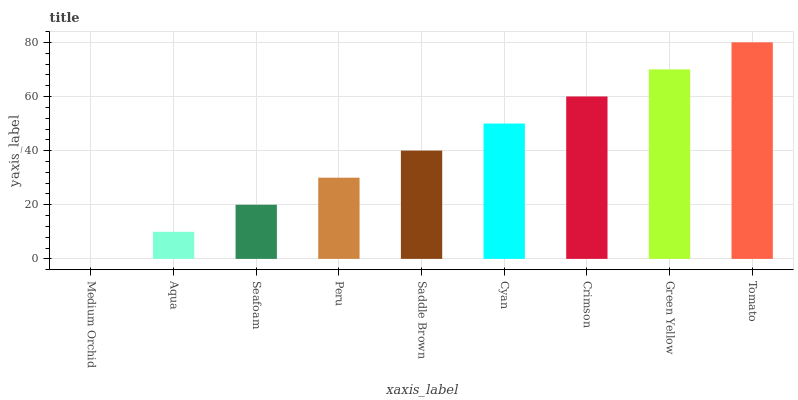
| xaxis_label | bars |
 | --- | --- |
 | Medium Orchid | 0 |
 | Aqua | 10 |
 | Seafoam | 20 |
 | Peru | 30 |
 | Saddle Brown | 40 |
 | Cyan | 50 |
 | Crimson | 60 |
 | Green Yellow | 70 |
 | Tomato | 80 |